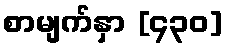
စာမျက်နှာ [၄၃၀]